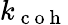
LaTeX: k_{\mathrm{~c~o~h~}}